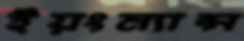
ইয়ংম্যান্স